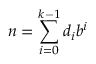
n = \sum _ { i = 0 } ^ { k - 1 } d _ { i } b ^ { i }